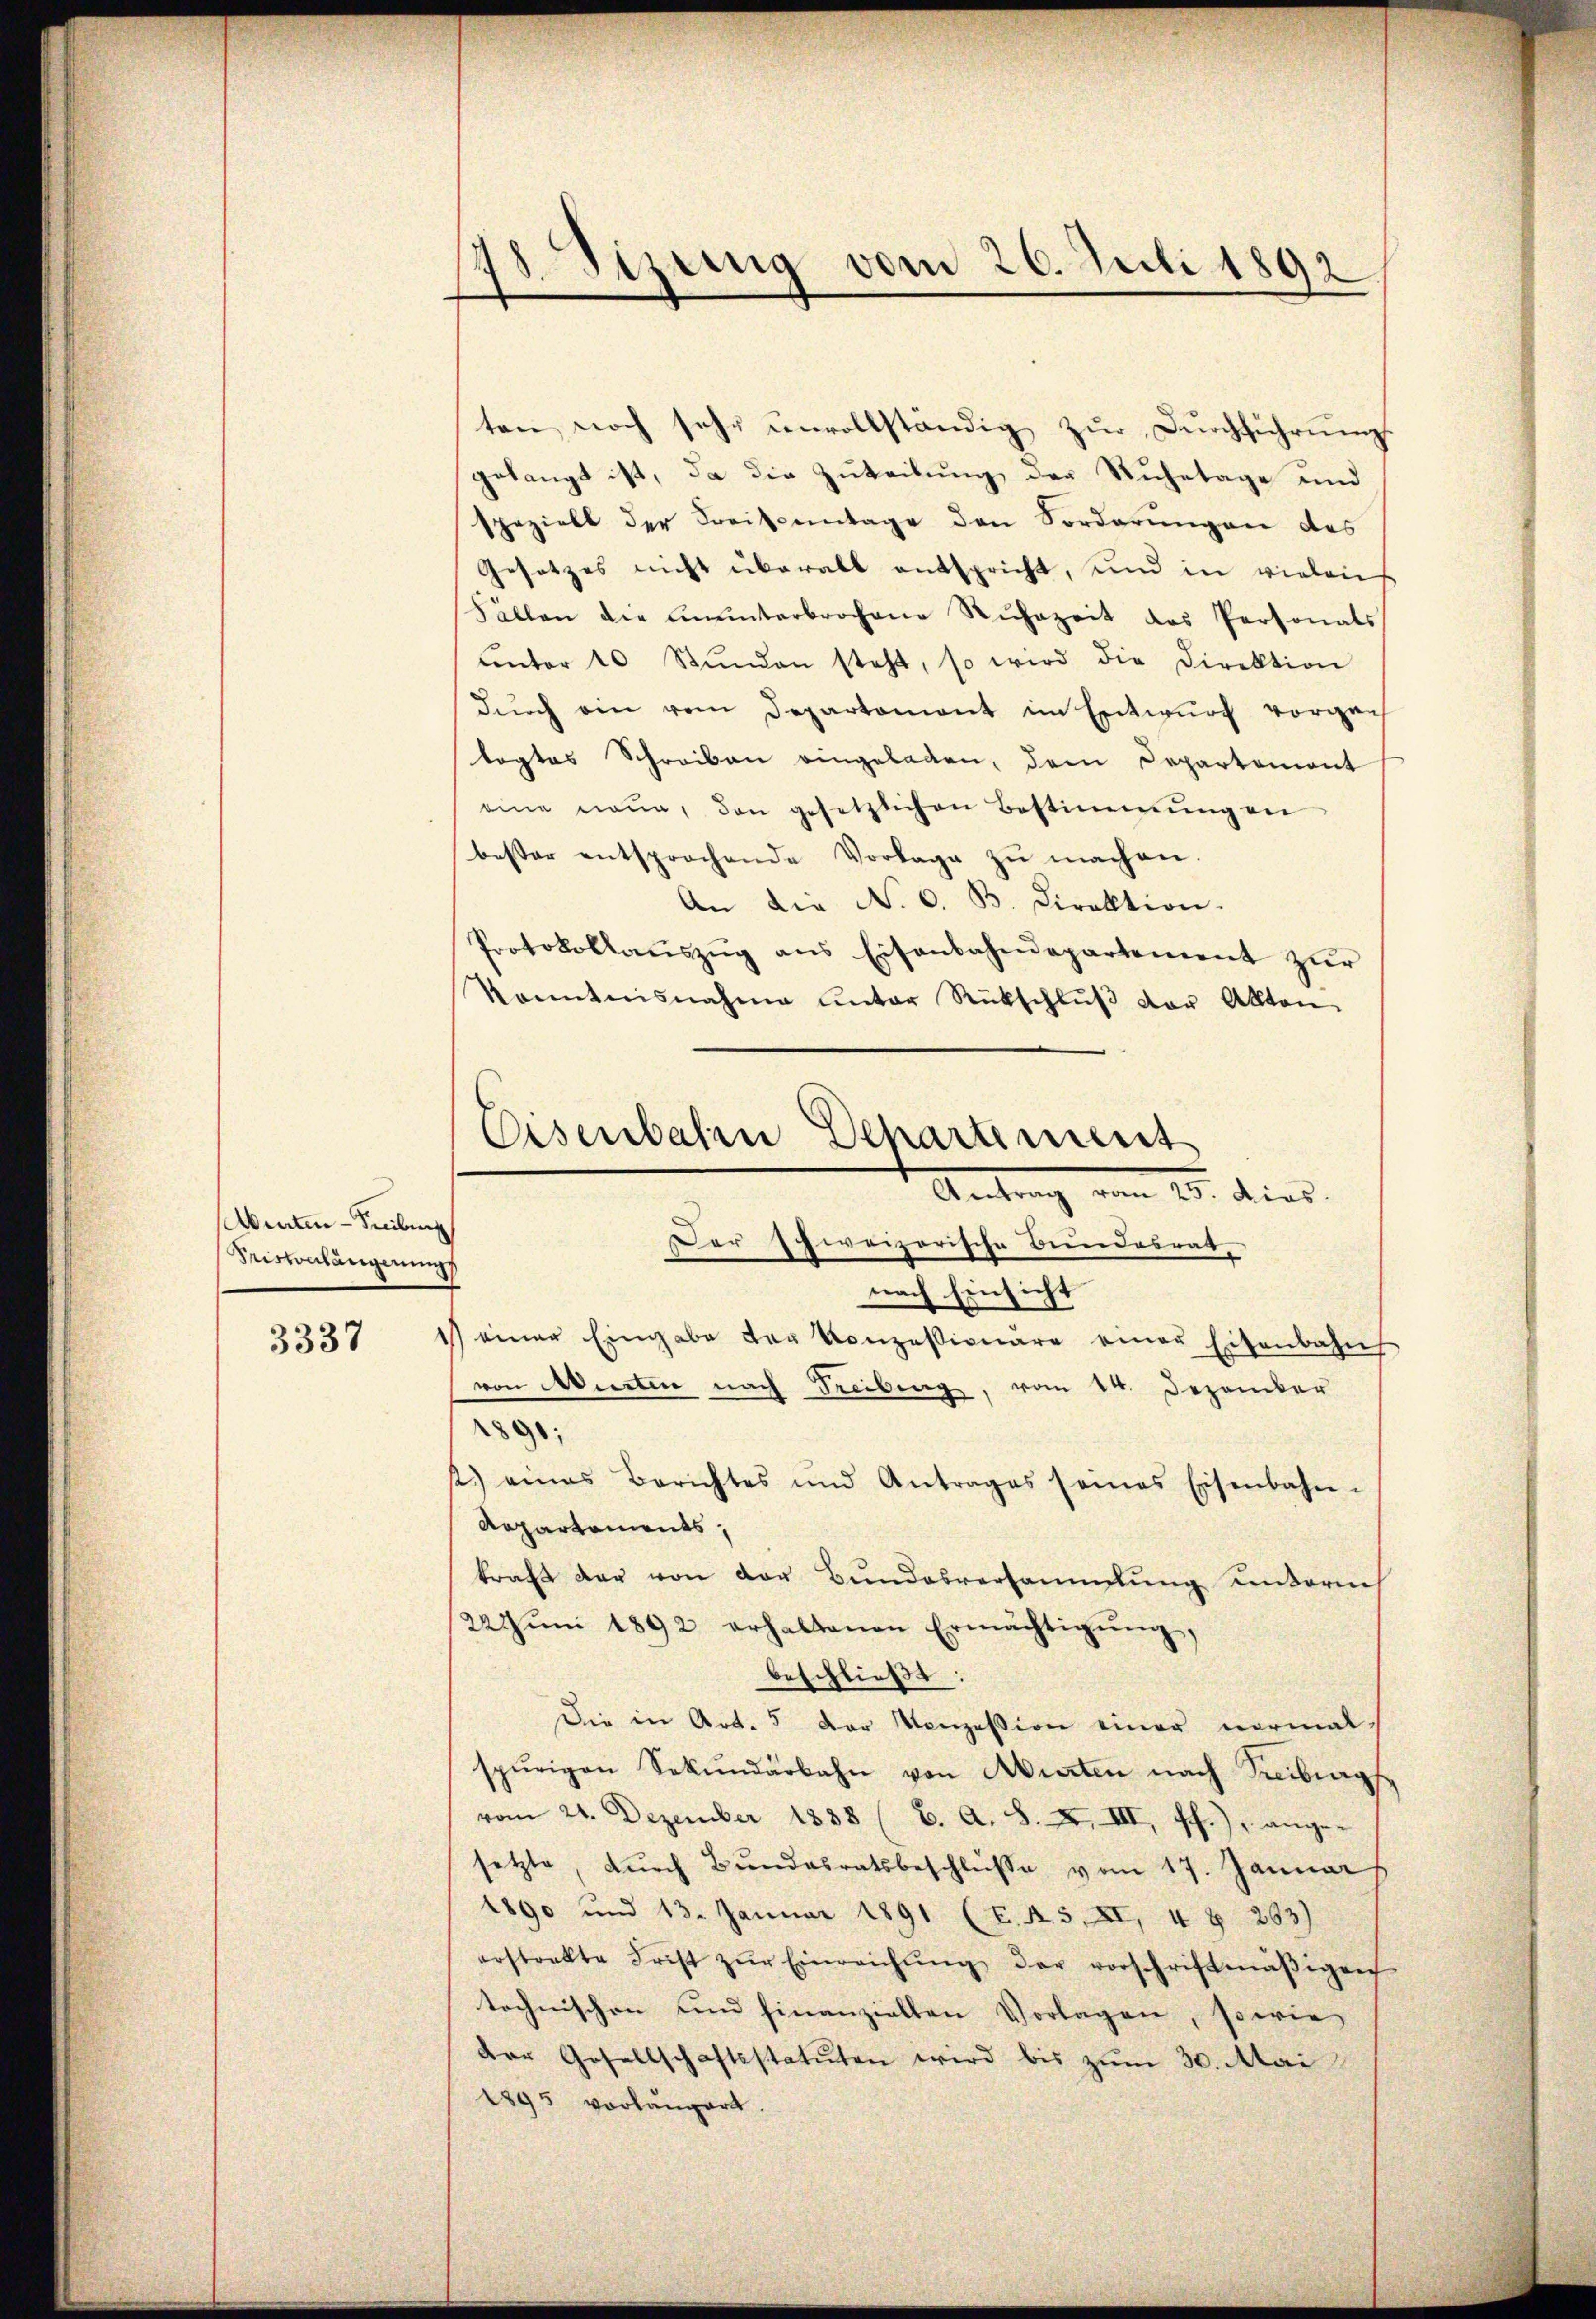
Abinten - Freibung
Virtonlängerungs

3337

ten noch sehr ŭnvollständig zŭr Dŭrchführŭng
gelangt ist, da die Zuteilung der Ruhetage und
spezielt der Kreisantage den Vorderungen des
Gesetzes nicht überall entspricht, und in vielen
Fällen die ŭnŭnterbrochene Ruhezeit des Personals
ŭnter 10 Stŭnden steht, so wird die Direktion
dŭrch ein vom Departament im Entwurf vorgen
bogtes Schreiben eingeladen, dem Departement
eine neŭn, den gesetzlichen Bestimmŭng en
bester entsprochende Vorlage zŭ machen.
An die No. 6. B. Direktion.
Protokollaŭszŭg ans Eisenbahndepartement zŭr
kanntnisnahme unter Rückschlŭβ der Allten
Eisenbahn Departement

148. Sitzung vom 26. Juli 1892
¬
e

Antrag vom 25. dies
Der schweizerische Bundesrat,

nach Einsicht
1) einer Eingabe der Konzessionäre einer Eisenbahnh
von Airten nach Freibung, vom 14. Dezember
1890;
2.) eines Berichtes und Antrages seines Eisenbahn-
Repartements,
kraft der von der Bundesversammlung unterne
22JJŭni 1892 erhaltenen Ermächtigŭng,
beschließt:
Die in Art. 5 der Konzession einer normal-
spurigen Sekŭndarbahn von Airten nach Treiburg
vom 21. Dezember 1838 (6. A. S. X. VII, ff.), ange-
setzte, dŭrch Bŭndesratsbeschlŭsse vom 17. Januar
1890 und 13. Januar 1891 (E. A. 5. XI, 4 § 263)
erstockte Frist zŭr Einreichŭng der vorschriftmäβigen
technischen und hinanziellen Vorlagen, sowie
der Gesellschaftsstatuten wird bis zŭm 30. Mai
1895 vorlängert.